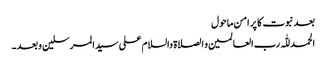
بعد نبوت کا پر امن ماحول
الحمد للّٰہ رب العالمین و الصلاۃ والسلام علی سیدالمرسلین و بعد۔